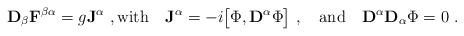
LaTeX: \begin{align*}{\bf D}_\beta{\bf F}^{\beta \alpha} = g{\bf J }^\alpha\ ,{\rm with} \quad {\bf J }^\alpha = - i\bigl[\Phi,{\bf D}^\alpha \Phi\bigr] \ ,\quad {\rm{and}} \quad {\bf D}^\alpha {\bf D}_\alpha \Phi = 0 \ .\end{align*}